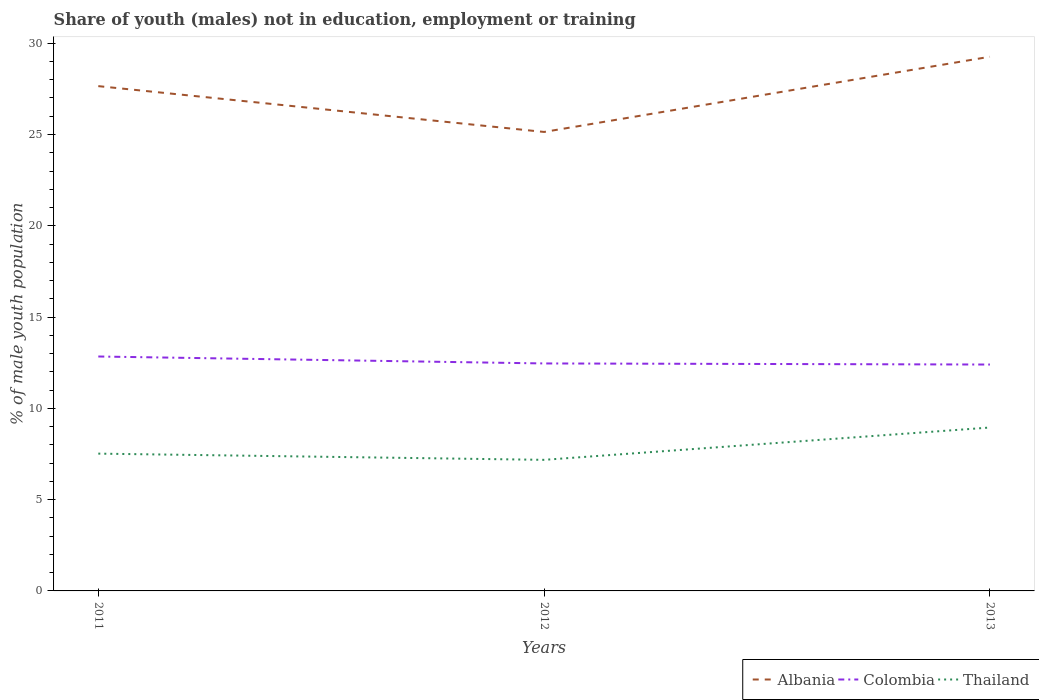
| Years | Albania | Colombia | Thailand |
 | --- | --- | --- | --- |
 | 2011 | 27.6 | 12.8 | 7.52 |
 | 2012 | 25.1 | 12.5 | 7.18 |
 | 2013 | 29.3 | 12.4 | 8.95 |